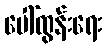
ပေါ်ထွန်းရေး